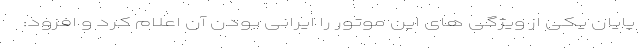
پایان یکی از ویژگی های این موتور را ایرانی بودن آن اعلام کرد و افزود: